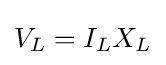
V_{L}=I_{L}X_{L}\,\!